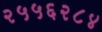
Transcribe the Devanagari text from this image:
२५५६२८४